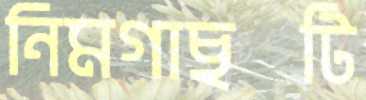
নিমগাছটি